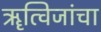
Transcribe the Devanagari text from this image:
ॠत्विजांचा